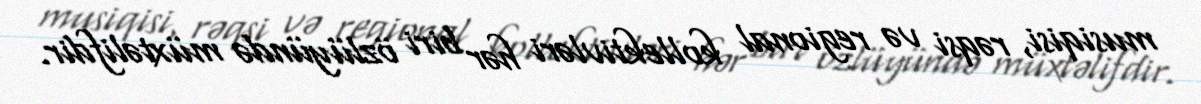
musiqisi, rəqsi və regional kollektivləri hər biri özlüyündə müxtəlifdir.